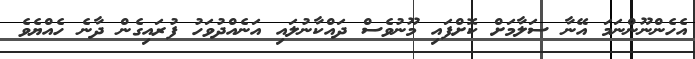
އެހެންނޫންނަމަ އޭނާ ސަލާމަށް ކޮށްފައި މޫނުވެސް ދައްކާނުލައި އަނެއްދުވަހު ފުރައިގެން ދާނެ ހެއްޔެވެ